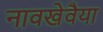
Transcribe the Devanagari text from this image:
नावखेवैया